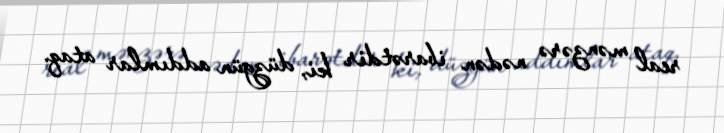
real mənzərə nədən ibarətdir ki, düzgün addımlar ataq.